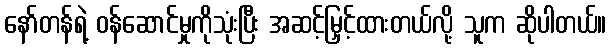
နော်တန်ရဲ့ ဝန်ဆောင်မှုကိုသုံးပြီး အဆင့်မြှင့်ထားတယ်လို့ သူက ဆိုပါတယ်။